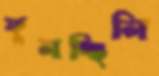
ফুলচ্ছিলি